Report on vaccination North-West Frontier Province 1904-1922 - 1904-1922
Year: 1904
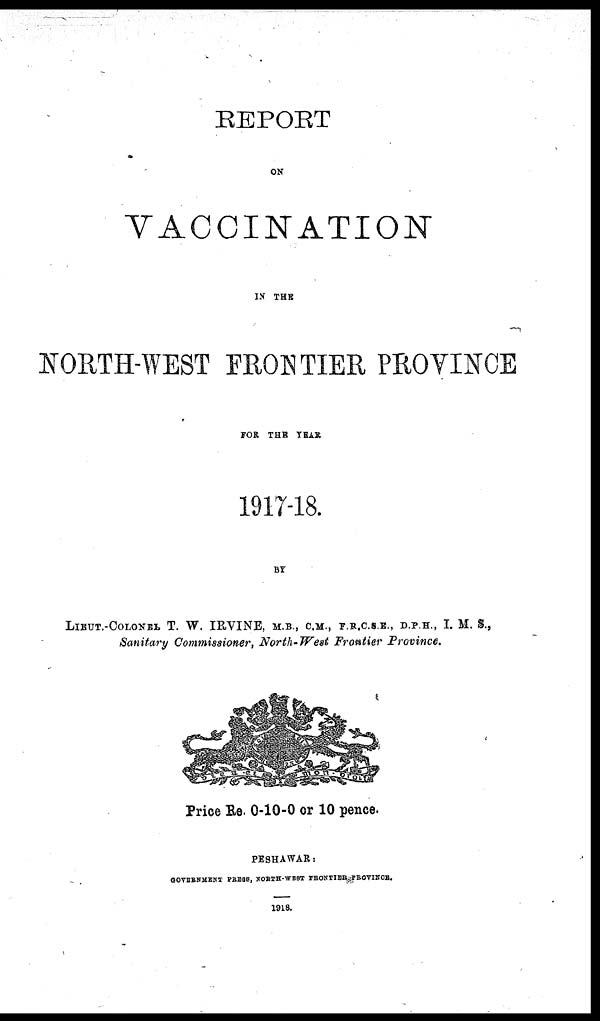
REPORT
ON
VACCINATION
IN THE
NORTH-WEST FRONTIER PROVINCE
FOR THE YEAR
1917-18.
BY
LIEUT.-COLONEL T. W. IRVINE, M. B., C. M., F.R.C.S.E., D.P.H., I. M. S.,
Sanitary Commissioner, North-West Frontier Province.
Price Re. 0-10-0 or 10 pence.
PESHAWAR:
GOVERNMENT PRESS, NORTH-WEST FRONTIER PROVINCE.
1918.